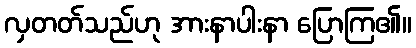
လှတတ်သည်ဟု အားနာပါးနာ ပြောကြ၏။